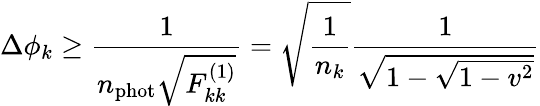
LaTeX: \Delta\phi_{k}\ge\frac{1}{n_{\mathrm{phot}}\sqrt{F_{kk}^{(1)}}}=\sqrt{\frac{1}{n_{k}}}\frac{1}{\sqrt{1-\sqrt{1-v^{2}}}}